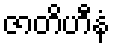
ဇာတိဟီနံ